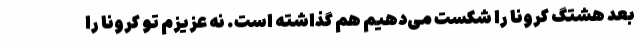
بعد هشتگ کرونا را شکست می‌دهیم هم گذاشته است. نه عزیزم تو کرونا را